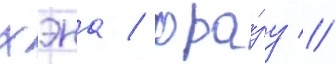
хэна / фра́зу //